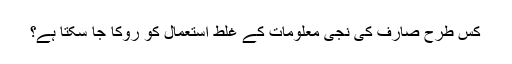
کس طرح صارف کی نجی معلومات کے غلط استعمال کو روکا جا سکتا ہے؟